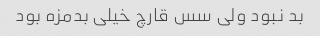
بد نبود ولی سس قارچ خیلی بدمزه بود